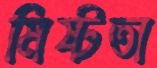
মিষ্টতা